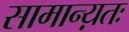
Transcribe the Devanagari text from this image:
सामान्य़तः